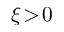
\xi \! > \! 0